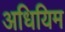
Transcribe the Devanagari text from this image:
अधियिम